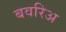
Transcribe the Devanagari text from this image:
बवरिअ